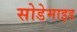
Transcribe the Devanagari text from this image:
सोडेमाइड